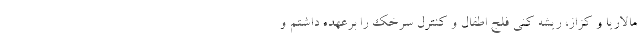
مالاریا و کزاز، ریشه کنی فلج اطفال و کنترل سرخک را برعهده داشتم و